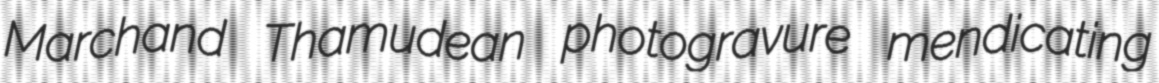
Marchand Thamudean photogravure mendicating